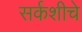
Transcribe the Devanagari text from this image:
सर्कशीचे